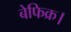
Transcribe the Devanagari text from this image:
बेफिक्र।